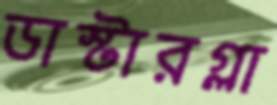
ডাস্টারগ্লা